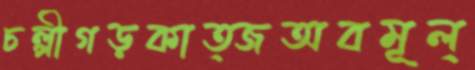
চল্পীগড়কাত্জঅবমূল্